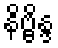
နိဗ္ဗိန္ဒ